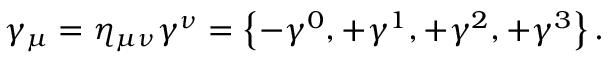
\gamma _ { \mu } = \eta _ { \mu \nu } \gamma ^ { \nu } = \left\{ - \gamma ^ { 0 } , + \gamma ^ { 1 } , + \gamma ^ { 2 } , + \gamma ^ { 3 } \right\} .